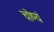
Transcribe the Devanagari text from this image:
चोष्यं